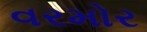
વરમોર